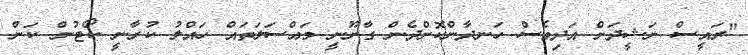
"ރައީސް ނަޝީދަށް އަދިވެސް ހަނދާންކޮށްދެން ގާނޫނީ މައްސަލަތައް ހައްލު ކުރާނީ ކޯޓުން ކަން